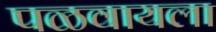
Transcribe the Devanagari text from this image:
पळवायला